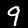
Digit: 9